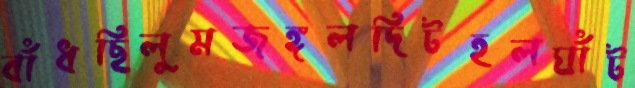
বাঁধছিলুমজঙ্গলদিটহলঘাঁট